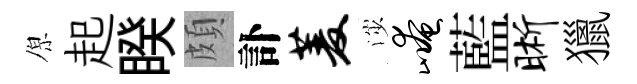
原起睽頗訃菱渉崦藍晰獵